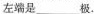
左端是___极.